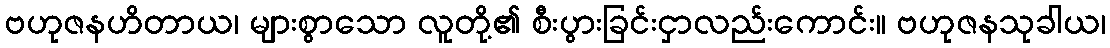
ဗဟုဇနဟိတာယ၊ များစွာသော လူတို့၏ စီးပွားခြင်းငှာလည်းကောင်း။ ဗဟုဇနသုခါယ၊